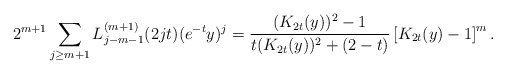
\begin{align*}2^{m+1}\sum_{j \geq m+1}L_{j-m-1}^{(m+1)}(2jt)(e^{-t}y)^j = \frac{(K_{2t}(y))^2-1}{t(K_{2t}(y))^2 + (2-t)}\left[K_{2t}(y)-1\right]^{m}.\end{align*}